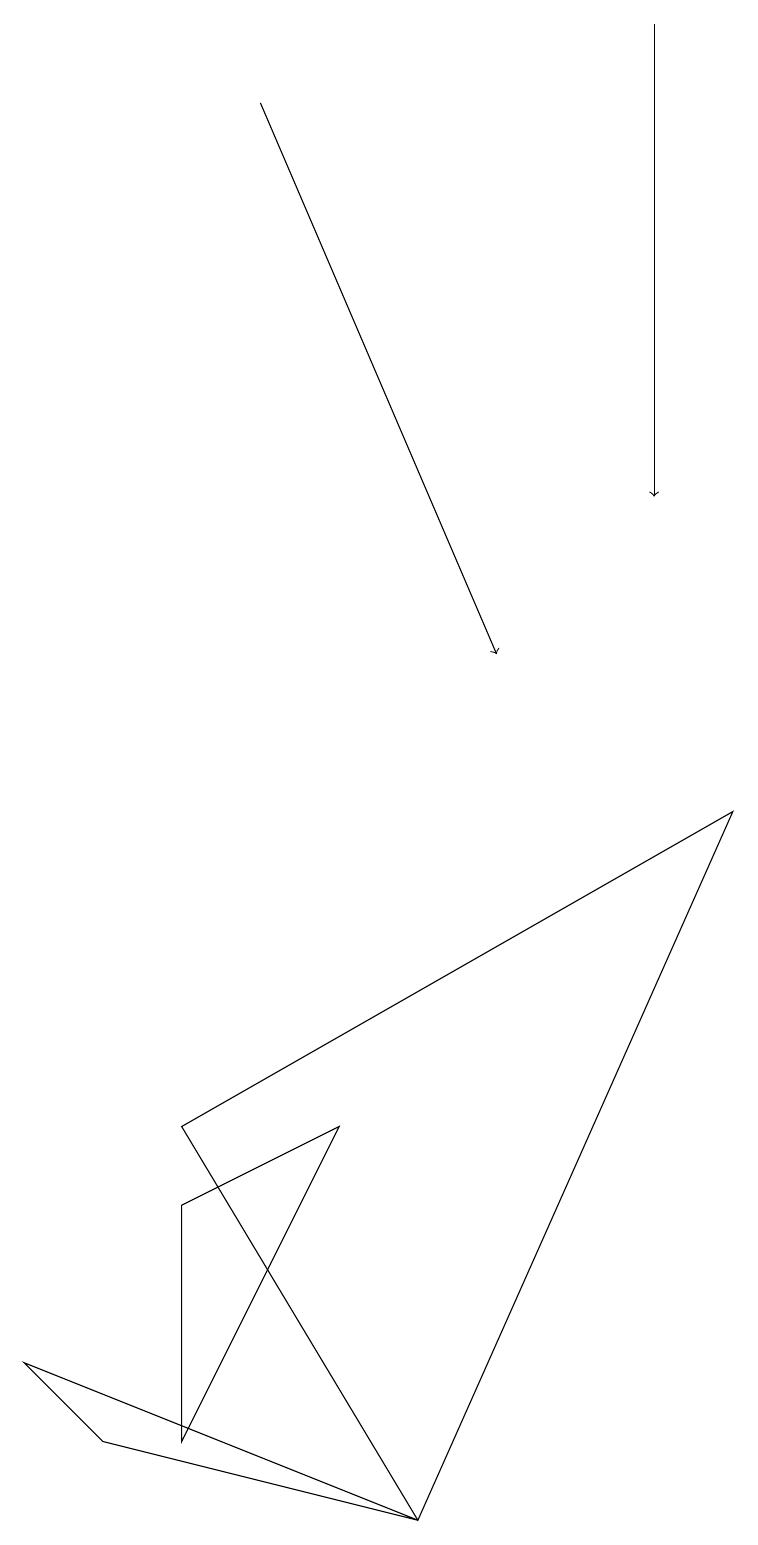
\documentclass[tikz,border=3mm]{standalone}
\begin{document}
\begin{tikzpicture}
\draw[->] (8,19) -- (8,13);
\draw (0,2) -- (5,0) -- (1,1) -- cycle;
\draw[->] (3,18) -- (6,11);
\draw (2,5) -- (9,9) -- (5,0) -- cycle;
\draw (2,4) -- (2,1) -- (4,5) -- cycle;
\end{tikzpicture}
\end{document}